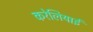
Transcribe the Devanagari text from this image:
करेलियाई